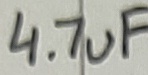
Text: 4.7uF